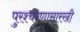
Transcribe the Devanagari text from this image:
पुरश्चरणासारखी